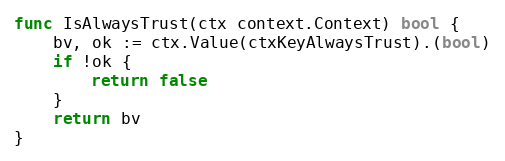
Language: Go
func IsAlwaysTrust(ctx context.Context) bool {
	bv, ok := ctx.Value(ctxKeyAlwaysTrust).(bool)
	if !ok {
		return false
	}
	return bv
}